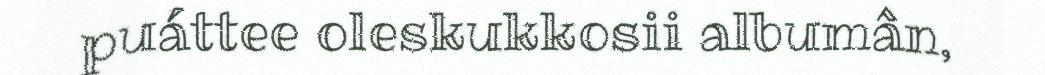
puáttee oleskukkosii albumân,